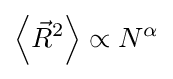
\left\langle {\vec {R}}^{2}\right\rangle \propto N^{\alpha }